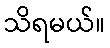
သိရမယ်။